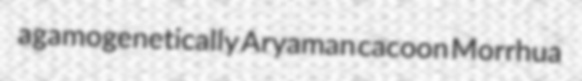
agamogenetically Aryaman cacoon Morrhua